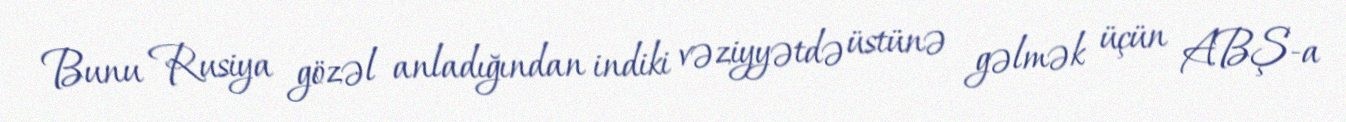
Bunu Rusiya gözəl anladığından indiki vəziyyətdə üstünə gəlmək üçün ABŞ-a